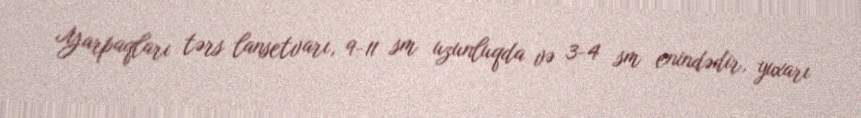
Yarpaqları tərs lansetvarı, 9-11 sm uzunluqda və 3-4 sm enindədir, yuxarı